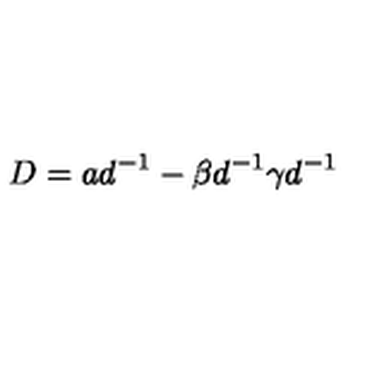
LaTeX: D = a d ^ { - 1 } - \beta d ^ { - 1 } \gamma d ^ { - 1 }